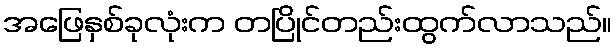
အဖြေနှစ်ခုလုံးက တပြိုင်တည်းထွက်လာသည်။